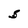
Character: S